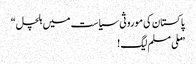
پاکستان کی موروثی سیاست میں ہلچل“
”ملی مسلم لیگ !